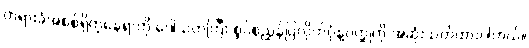
တရားခံအစစ်ရှိတဲ့နေရာကို ဒေါသတကြီး စွပ်စွဲညွှန်ပြလိုက်ပုံနဲ့ဝတ္ထုကို အဆုံးသတ်ထားပါတယ်။